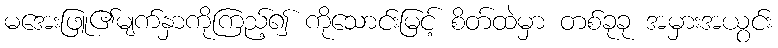
မအေးဖြူ၏မျက်နှာကိုကြည့်၍ ကိုသောင်းမြင့် စိတ်ထဲမှာ တစ်ခုခု အမှားအယွင်း